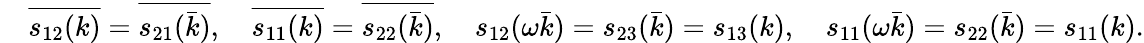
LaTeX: \begin{array}{rl}&{\overline{{s_{12}(k)}}=\overline{{s_{21}(\bar{k})}},\quad\overline{{s_{11}(k)}}=\overline{{s_{22}(\bar{k})}},\quad s_{12}(\omega\bar{k})=s_{23}(\bar{k})=s_{13}(k),\quad s_{11}(\omega\bar{k})=s_{22}(\bar{k})=s_{11}(k).}\end{array}